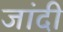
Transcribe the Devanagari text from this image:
जांदी